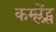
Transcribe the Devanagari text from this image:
कम्प्लेंट्स